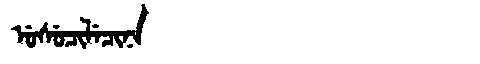
Manchu: ᡠᠰᡠᠴᡳᠯᡝᠴᡳᠨᠠ
Romanization: USUCILECINA